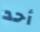
أحد